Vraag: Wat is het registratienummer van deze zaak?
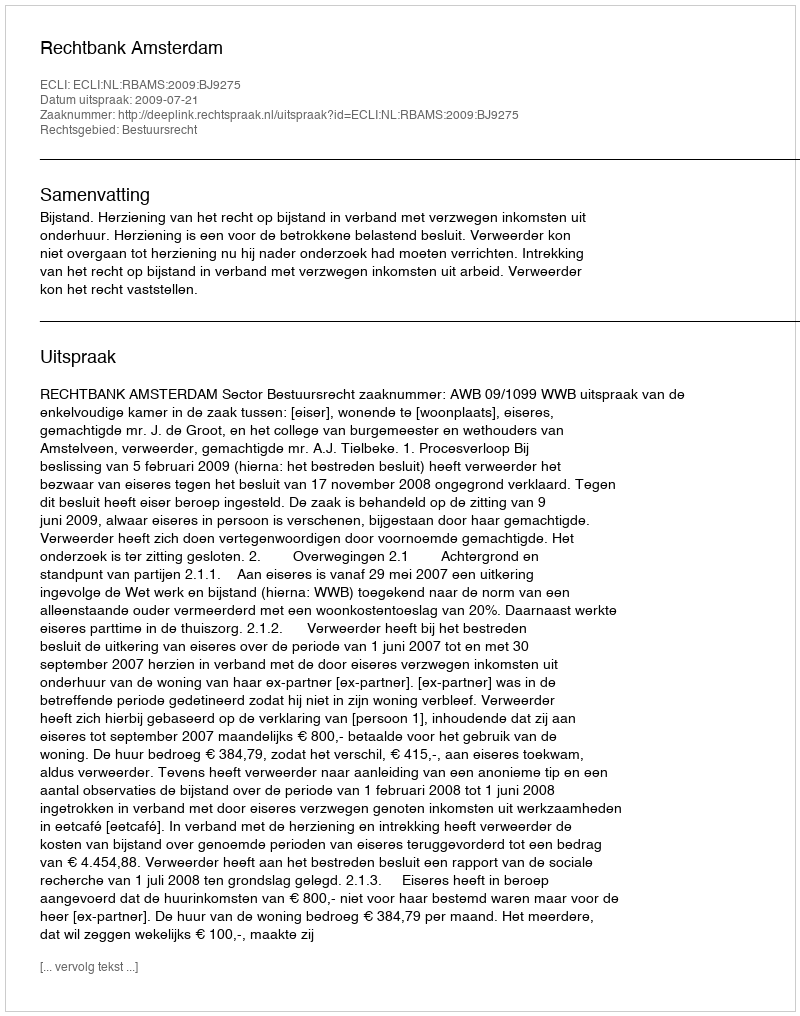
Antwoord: http://deeplink.rechtspraak.nl/uitspraak?id=ECLI:NL:RBAMS:2009:BJ9275